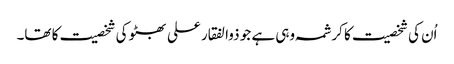
اُن کی شخصیت کا کرشمہ وہی ہے جو ذوالفقار علی بھٹو کی شخصیت کا تھا۔